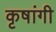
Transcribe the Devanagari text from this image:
कृषांगी